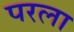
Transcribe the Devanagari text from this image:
परला